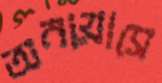
অনায়াসে